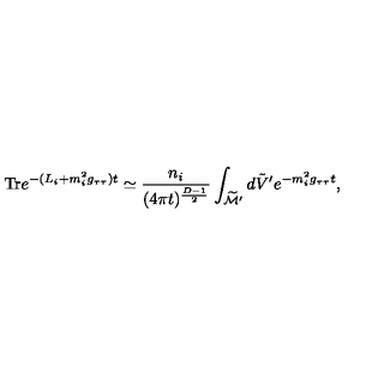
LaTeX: \mathrm { T r } e ^ { - ( L _ { i } + m _ { i } ^ { 2 } g _ { \tau \tau } ) t } \simeq { \frac { n _ { i } } { ( 4 \pi t ) ^ { { \frac { D - 1 } { 2 } } } } } \int _ { \widetilde { \cal M } ^ { \prime } } d \tilde { V } ^ { \prime } e ^ { - m _ { i } ^ { 2 } g _ { \tau \tau } t } ,